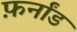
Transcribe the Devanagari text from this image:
फ़र्नांड